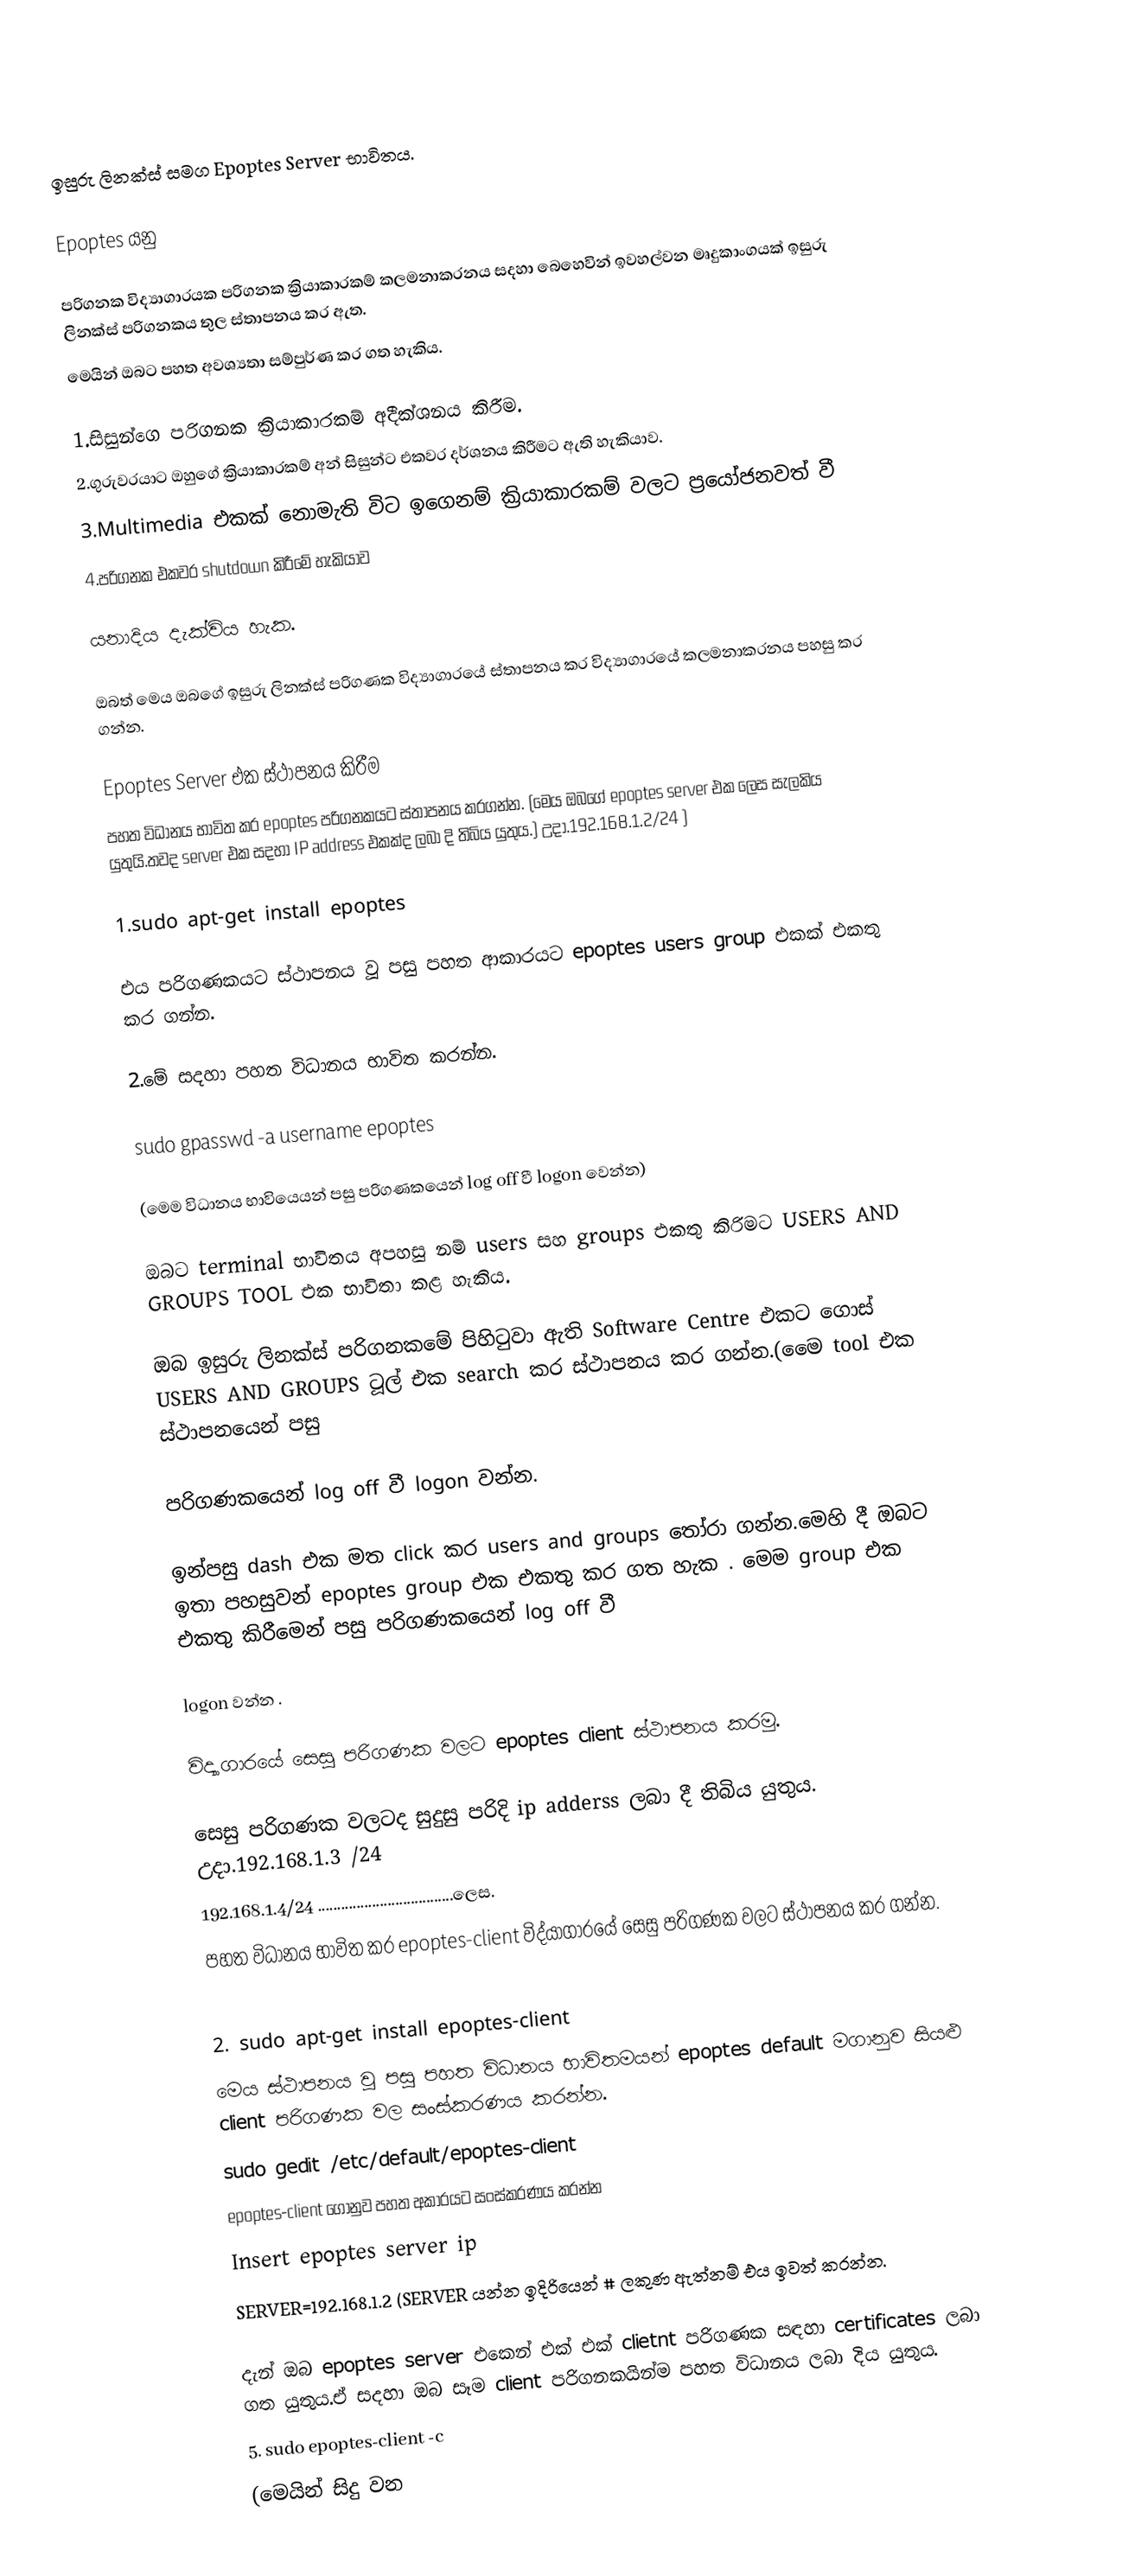

ඉසුරු ලිනක්ස් සමග Epoptes Server භාවිතය.

Epoptes යනු

පරිගනක විද්‍යාගාරයක පරිගනක ක්‍රියාකාරකම් කලමනාකරනය සදහා බෙහෙවින් ඉවහල්වන මෘදුකාංගයක් ඉසුරු ලිනක්ස් පරිගනකය තුල ස්තාපනය කර ඇත.
මෙයින් ඔබට පහත අවශ්‍යතා සම්පුර්ණ කර ගත හැකිය.

1.සිසුන්ගෙ පරිගනක ක්‍රියාකාරකම් අදීක්ශනය කිරීම.
2.ගුරුවරයාට ඔහුගේ ක්‍රියාකාරකම් අන් සිසුන්ට එකවර දර්ශනය කිරීමට ඇති හැකියාව.
3.Multimedia එකක් නොමැති විට ඉගෙනම් ක්‍රියාකාරකම් වලට ප්‍රයෝජනවත් වී
4.පරිගනක එකවර shutdown කිරීමේ හැකියාව

යනාදිය දැක්විය හැක.

ඔබත් මෙය ඔබගේ ඉසුරු ලිනක්ස් පරිගණක විද්‍යාගාරයේ ස්තාපනය කර විද්‍යාගාරයේ කලමනාකරනය පහසු කර ගන්න.

Epoptes Server එක ස්ථාපනය කිරීම
පහත විධානය භාවිත කර  epoptes පරිගනකයට ස්තාපනය කරගන්න. (මෙය ඔබගේ epoptes server එක ලෙස සැලකිය යුතුයි.තවද server එක සදහා IP address එකක්ද ලබා දි තිබිය යුතුය.)  උදා.192.168.1.2/24 )

1.sudo apt-get install epoptes

එය පරිගණකයට ස්ථාපනය වූ පසු පහත ආකාරයට epoptes users group එකක් එකතු කර ගන්න.

2.මේ සදහා පහත විධානය භාවිත කරන්න.

sudo gpasswd -a username epoptes

(මෙම  විධානය භාවියෙයන් පසු පරිගණකයෙන් log off වී logon වෙන්න)

ඔබට terminal භාවිතය අපහසු නම් users සහ groups එකතු කිරිමට USERS AND GROUPS TOOL එක භාවිතා කළ හැකිය.

ඔබ ඉසුරු ලිනක්ස්  පරිගනකමේ පිහිටුවා ඇති Software Centre එකට ගොස් USERS AND GROUPS ටූල් එක search කර ස්ථාපනය කර ගන්න.(මෙෙ tool එක ස්ථාපනයෙන්  පසු

පරිගණකයෙන්  log off වී logon වන්න.

ඉන්පසු dash එක මත  click කර users and groups තෝරා ගන්න.මෙහි දී ඔබට ඉතා පහසුවන් epoptes group එක එකතු කර ගත හැක . මෙම  group එක එකතු කිරීමෙන් පසු  පරිගණකයෙන් log off වී

logon වන්න .

විද්‍යාගාරයේ සෙසු පරිගණක වලට epoptes client ස්ථාපනය කරමු.

සෙසු  පරිගණක වලටද  සුදුසු පරිදි ip adderss ලබා දී තිබිය යුතුය.  උදා.192.168.1.3 /24
        192.168.1.4/24 ...................................ලෙස.
පහත විධානය භාවිත කර epoptes-client  විද්යාගාරයේ  සෙසු පරිගණක වලට ස්ථාපනය කර ගන්න.

2. sudo apt-get install epoptes-client
මෙය ස්ථාපනය වූ පසු පහත විධානය භාවිතමයන් epoptes default මගානුව සියළු client  පරිගණක වල  සංස්කරණය කරන්න.
sudo gedit /etc/default/epoptes-client
epoptes-client ගොනුව පහත අකාරයට සංස්කරණය කරන්න
     Insert epoptes server ip
      SERVER=192.168.1.2 (SERVER යන්න ඉදිරියෙන් # ලකුණ ඇත්නම් එය ඉවත් කරන්න.

දැන් ඔබ epoptes server එකෙන්  එක් එක් clietnt පරිගණක සඳහා certificates ලබා ගත යුතුය.ඒ සදහා ඔබ සෑම  client පරිගනකයින්ම පහත විධානය ලබා දිය යුතුය.
       5. sudo epoptes-client -c
(මෙයින් සිදු වන